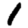
Digit: 1